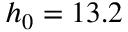
h _ { 0 } = 1 3 . 2